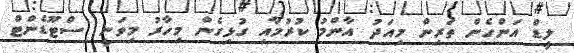
ލީޑް އަންހެން ތަރިން މިއަދު އާންމު ކުރުމާއި ގުޅިގެން މިހާރު މިވަނީ 'ސްޓޫޑެންޓް